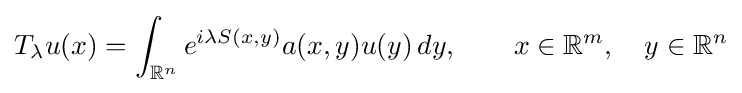
T_{\lambda }u(x)=\int _{\mathbb {R} ^{n}}e^{i\lambda S(x,y)}a(x,y)u(y)\,dy,\qquad x\in \mathbb {R} ^{m},\quad y\in \mathbb {R} ^{n}